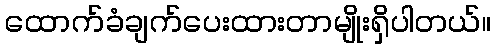
ထောက်ခံချက်ပေးထားတာမျိုးရှိပါတယ်။